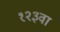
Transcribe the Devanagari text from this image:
१२३वा